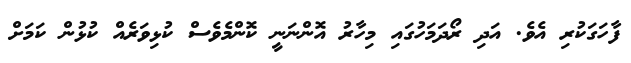
ފާހަގަކުރި އެވެ. އަދި ރޯދަމަހުގައި މިހާރު އޮންނަނީ ކޮންމެވެސް ކުޅިވަރެއް ކުޅުން ކަމަށް